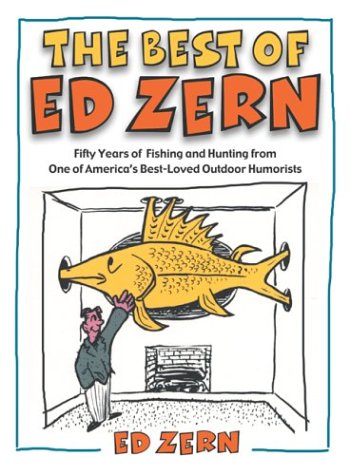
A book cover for The Best of Ed Zern: Fifty Years of Fishing and Hunting from One of America's Best-Loved Outdoor Humorists; Ed Zern; Humor & Entertainment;